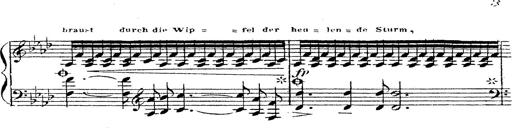
Title: 12 Lieder von Franz Schubert
Composer: Franz Liszt